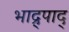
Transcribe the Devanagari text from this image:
भाद्र्पाद्